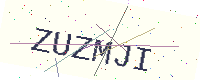
Text: ZUZMJI